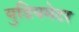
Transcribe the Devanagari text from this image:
युडियमेटर